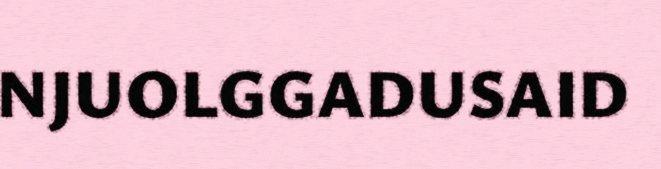
NJUOLGGADUSAID